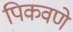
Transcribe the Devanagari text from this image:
पिकवणे